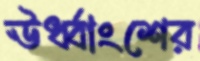
ঊর্ধ্বাংশের